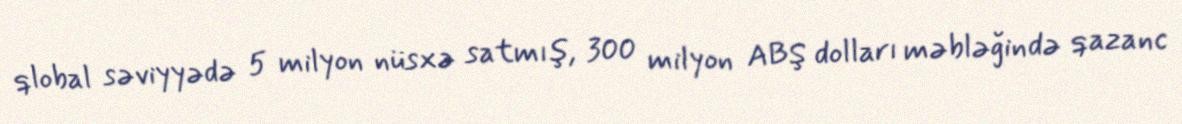
qlobal səviyyədə 5 milyon nüsxə satmış, 300 milyon ABŞ dolları məbləğində qazanc